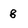
Character: 8